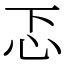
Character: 忑